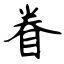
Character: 眷